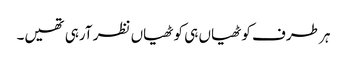
ہر طرف کوٹھیاں ہی کوٹھیاں نظر آرہی تھیں۔